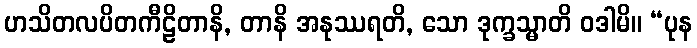
ဟသိတလပိတကီဠိတာနိ, တာနိ အနုဿရတိ, သော ဒုက္ခသ္မာတိ ဝဒါမိ။ “ပုန